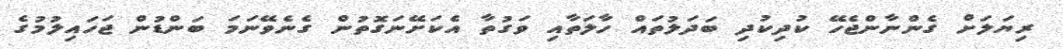
ރިޔަލަށް ގެންނާންޖެހޭ ކުދިކުދި ބަދަލުތައް ހާލަތާއި ވަގުތާ އެކަށޭނަގޮތުން ގެނެވޭނަމަ ބަންޑުން ޖަހައިލުމުގެ